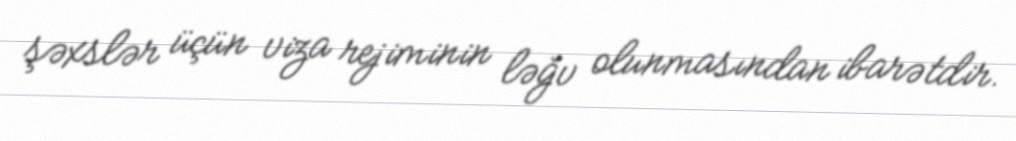
şəxslər üçün viza rejiminin ləğv olunmasından ibarətdir.